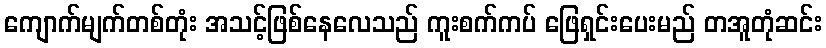
ကျောက်မျက်တစ်တုံး အသင့်ဖြစ်နေလေသည် ကူးစက်ကပ် ဖြေရှင်းပေးမည် တအူတုံဆင်း